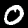
Digit: 0